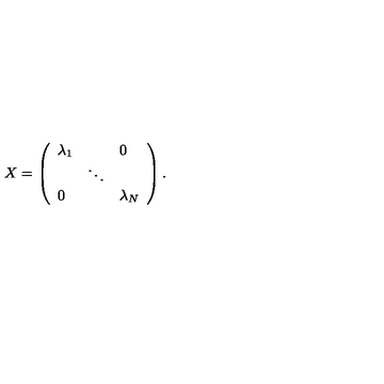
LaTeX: X = \left( \begin{array} { l l l } { \lambda _ { 1 } } & { } & { 0 } \\ { } & { \ddots } & { } \\ { 0 } & { } & { \lambda _ { N } } \\ \end{array} \right) .